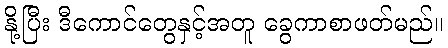
နို့ပြီး ဒီကောင်တွေနှင့်အတူ ခွေကာစာဖတ်မည်။